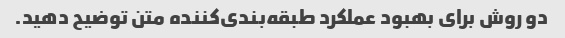
دو روش برای بهبود عملکرد طبقه‌بندی‌کننده متن توضیح دهید.